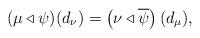
LaTeX: \begin{align*}(\mu\triangleleft\psi)(d_\nu) = \left(\nu\triangleleft\overline{\psi}\right)(d_\mu),\end{align*}